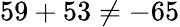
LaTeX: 59+53\neq-65